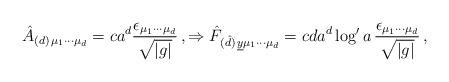
LaTeX: \begin{align*}\hat{A}_{(d)\, \mu_{1}\cdots\mu_{d}} =c a^{d} \frac{\epsilon_{\mu_{1}\cdots\mu_{d}}}{\sqrt{|g|}}\, , \Rightarrow\hat{F}_{(\hat{d})\, \underline{y} \mu_{1}\cdots\mu_{d}} =c d a^{d} \log^{\prime}{a}\, \frac{\epsilon_{\mu_{1}\cdots\mu_{d}}}{\sqrt{|g|}}\, ,\end{align*}